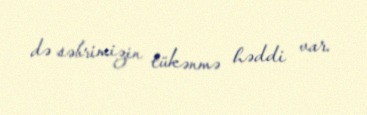
də səbrimizin tükənmə həddi var.